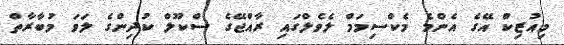
މިއުޒިކް އޭގެ އެންމެ މެކްސިމަމް ލެވެލްގައި ރާއްޖޭގެ ސްކޫލް ކުދިންގެ ލަވަ މުބާރާތް